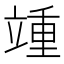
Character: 𬔥